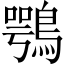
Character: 鶚